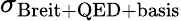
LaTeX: \sigma_{\mathrm{Breit+QED+basis}}